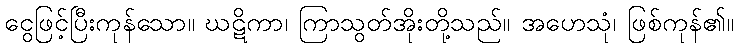
ငွေဖြင့်ပြီးကုန်သော။ ဃဋိကာ၊ ကြာသွတ်အိုးတို့သည်။ အဟေသုံ၊ ဖြစ်ကုန်၏။